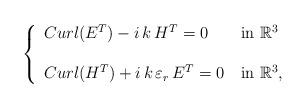
LaTeX: \begin{align*}\left \{\begin{array}{llrr}Curl(E^{T}) - i \, k \, H^{T} = 0 \, & \mbox{in } \mathbb{R}^3 \\\\Curl(H^{T}) + i \, k \, \varepsilon_{r} \, E^{T} = 0 \, & \mbox{in } \mathbb{R}^3,\end{array} \right.\end{align*}